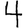
Digit: 4